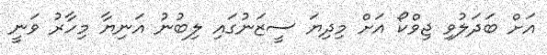
އަށް ބަދަލުވި ޖިވްކޯ އަށް މިދިޔަ ސީޒަނުގައި ލިބުނު އަނިޔާ މިހާރު ވަނީ